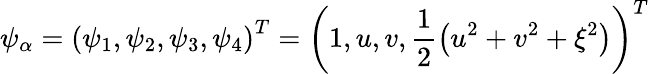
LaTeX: {{\psi}_{\alpha}}={{\left({{\psi}_{1}},{{\psi}_{2}},{{\psi}_{3}},{{\psi}_{4}}\right)}^{T}}={{\left(1,u,v,\frac{1}{2}\left({{u}^{2}}+{{v}^{2}}+{{\xi}^{2}}\right)\right)}^{T}}